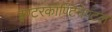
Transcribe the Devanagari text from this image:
इण्टरकॉण्टिनेण्टल